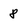
Character: 8